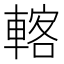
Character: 𨍇